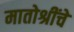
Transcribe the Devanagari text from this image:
मातोश्रींचे